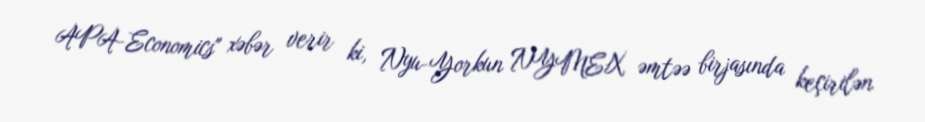
APA-Economics" xəbər verir ki, Nyu-Yorkun NYMEX əmtəə birjasında keçirilən